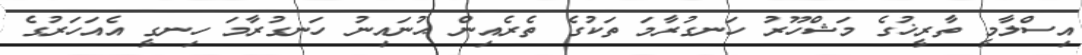
އިސްލާމީ ތާރީޚުގެ މަޝްހޫރު ހަނގުރާމަ ތަކުގެ ތެރެއިން ޙުނައިނު ހަނގުރާމަ ހިނގީ އެއަހަރުގެ